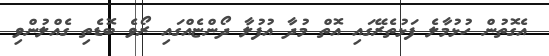
އެގޮތުން ހުޅުމާލެ ފަޅުތެރޭގައި އޮތް މުދާ އުފުލާ ދޯންޏެއްގައި ރޯވެ ބޮޑެތި ގެއްލުންވި